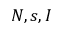
N , s , I